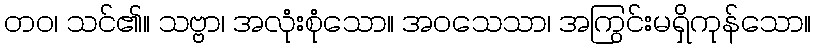
တဝ၊ သင်၏။ သဗ္ဗာ၊ အလုံးစုံသော။ အဝသေသာ၊ အကြွင်းမရှိကုန်သော။